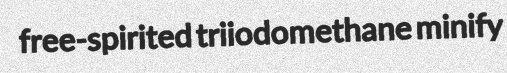
free-spirited triiodomethane minify